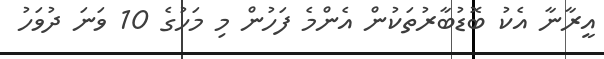
އީރާނާ އެކު ބޮޑުބާރުތަކުން އެންމެ ފަހުން މި މަހުގެ 10 ވަނަ ދުވަހު